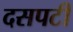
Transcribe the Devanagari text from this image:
दसपटी